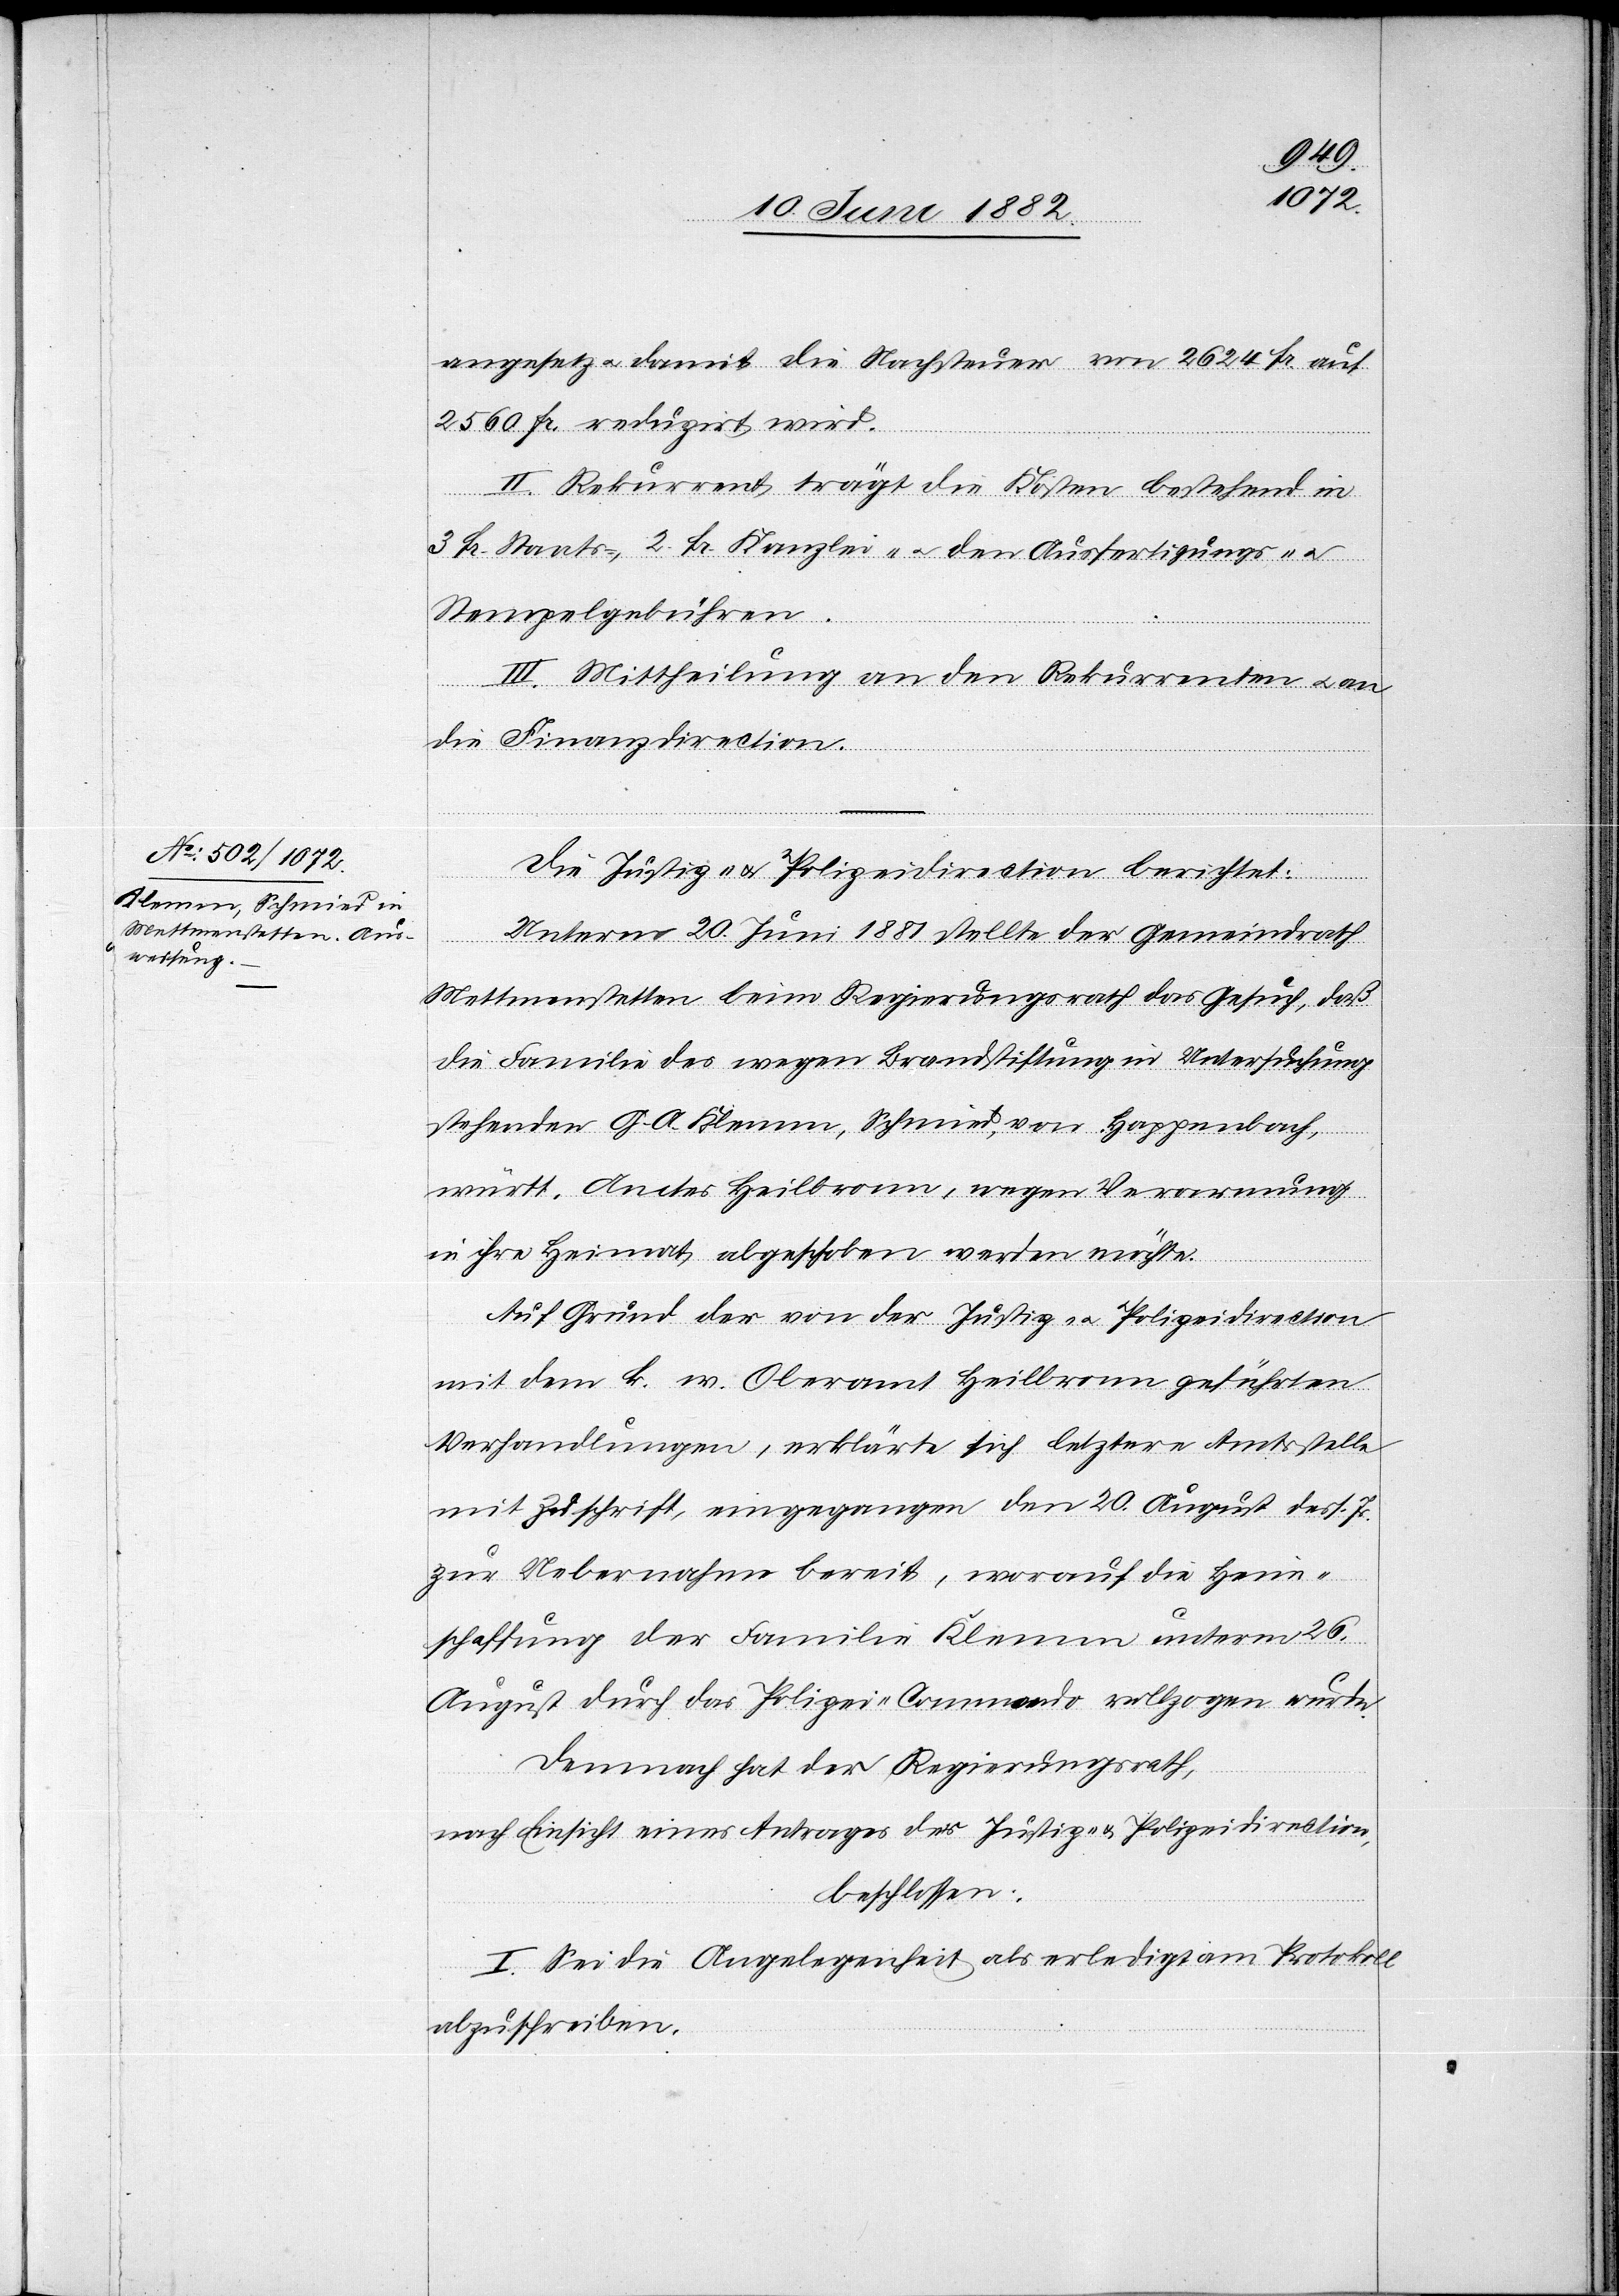
angesetzt u. damit die Nachsteuer von 2624 Fr. auf
2560 Fr. reduzirt wird.
II. Rekurrent trägt die Kosten bestehend in
3 Fr. Staats-, 2 Fr. Kanzlei- u. den Ausfertigungs- u.
Stempelgebühren.
III. Mittheilung an den Rekurrenten u. an
die Finanzdirection.
Die Justiz- u. Polizeidirection berichtet:
Unterm 20. Juni 1881 stellte der Gemeindrath
Mettmenstetten beim Regierungsrath das Gesuch, daß
die Familie des wegen Brandstiftung in Untersuchung
stehenden G. A. Klemm, Schmied, von Happenbach,
württ. Amtes Heilbronn, wegen Verarmung
in ihre Heimat abgeschoben werden möchte.
Auf Grund der von der Justiz- u. Polizeidirection
mit dem k. w. Oberamt Heilbronn geführten
Verhandlungen, erklärte sich letztere Amtsstelle
mit Zuschrift, eingegangen den 20. August dess. Js.
zur Uebernahme bereit, worauf die Heim¬
schaffung der Familie Klemm unterm 26.
August durch das Polizei-Commando vollzogen wurde.
Demnach hat der Regierungsrath,
nach Einsicht eines Antrages der Justiz- & Polizeidirection,
beschlossen:
I. Sei die Angelegenheit als erledigt am Protokoll
abzuschreiben.